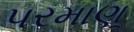
પરમાણૂ